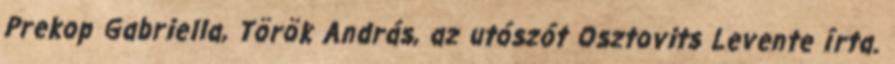
Prekop Gabriella, Török András, az utószót Osztovits Levente írta.